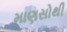
માણસોથી